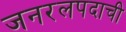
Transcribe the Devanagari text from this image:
जनरलपदाची